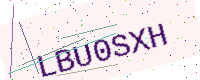
Text: LBU0SXH